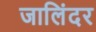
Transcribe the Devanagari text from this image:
जालिंदर